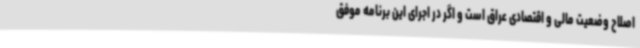
اصلاح وضعیت مالی و اقتصادی عراق است و اگر در اجرای این برنامه موفق